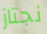
نجتاز